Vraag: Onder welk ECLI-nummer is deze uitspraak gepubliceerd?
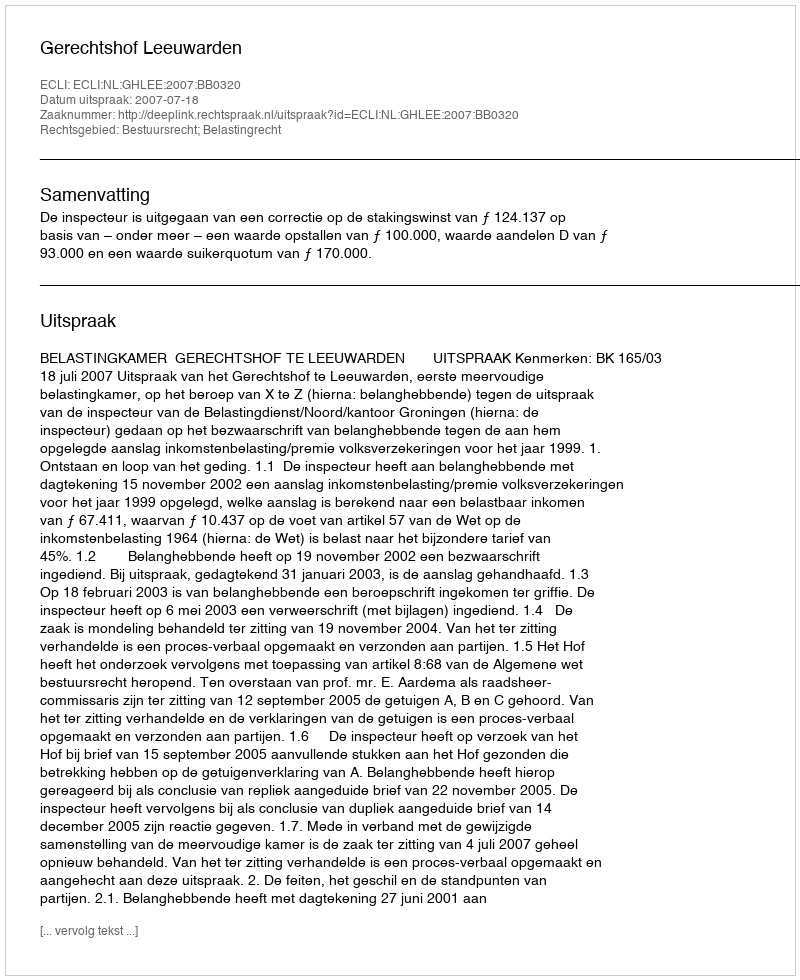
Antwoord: ECLI:NL:GHLEE:2007:BB0320